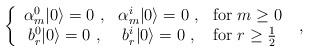
LaTeX: \begin{align*}\left\{ \begin{array}{ccl} \alpha^{0}_{m}|0\rangle=0~, & \alpha^{i}_{m}|0\rangle=0~, & \mbox{for $m\geq 0$}\\ b^{0}_{r}|0\rangle=0~, & b^{i}_{r}|0\rangle=0~, & \mbox{for $r\geq\frac{1}{2}$} \end{array} \right.~,\end{align*}